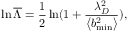
\ln \overline { { \Lambda } } = \frac { 1 } { 2 } \ln ( 1 + \frac { \lambda _ { D } ^ { 2 } } { \left\langle b _ { \operatorname* { m i n } } ^ { 2 } \right\rangle } ) ,